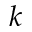
k